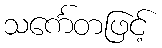
သင်္ကေတဖြင့်